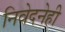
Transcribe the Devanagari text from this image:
निवेदनेही